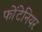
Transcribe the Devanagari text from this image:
फोंटेनियर